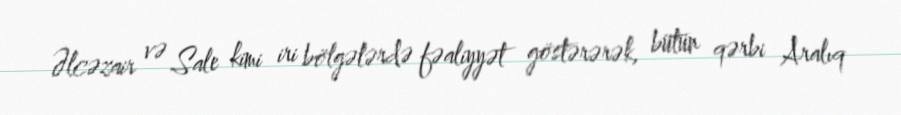
Əlcəzair və Sale kimi iri bölgələrdə fəaliyyət göstərərək, bütün qərbi Aralıq